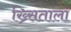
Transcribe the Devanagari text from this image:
ख्र्सिताला